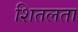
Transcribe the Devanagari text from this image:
शितलता